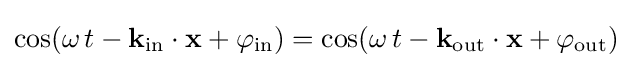
\cos(\omega \,t-\mathbf {k} _{\mathrm {in} }\cdot \mathbf {x} +\varphi _{\mathrm {in} })=\cos(\omega \,t-\mathbf {k} _{\mathrm {out} }\cdot \mathbf {x} +\varphi _{\mathrm {out} })